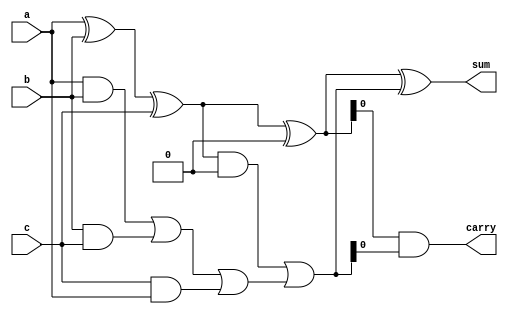
module carry_save_adder (
    input wire [N-1:0] a,          // First input
    input wire [N-1:0] b,          // Second input
    input wire [N-1:0] c,          // Third input
    output wire [N-1:0] sum,       // Sum output
    output wire carry              // Final carry output
);
    parameter N = 8; // Width of the input operands

    wire [N-1:0] s1, c1; // Intermediate sum and carry
    wire [N-1:0] s2, c2; // Intermediate sum and carry for next level

    // Level 1 CSA: Add a, b, and c
    assign s1 = a ^ b ^ c;         // Sum
    assign c1 = (a & b) | (b & c) | (c & a); // Carry

    // Assuming a structure with two CSAs
    // Now we will consider the case of four inputs: a, b, c, and d
    // For simplicity, we will call the previous sum and carry as a, b

    wire [N-1:0] d;   // Fourth input for addition
    assign d = 8'b00000000; // Example: Let's consider 0 for simplicity

    // Level 2 CSA: Add s1, d (third input previously defined)
    assign s2 = s1 ^ d;         
    assign c2 = (s1 & d) | c1; // Carry from level 1 and current level

    // Final stage: Sum the last level's sum and carry
    assign sum = s2 ^ c2;         // Final sum output
    assign carry = (s2 & c2);     // Final carry output

endmodule